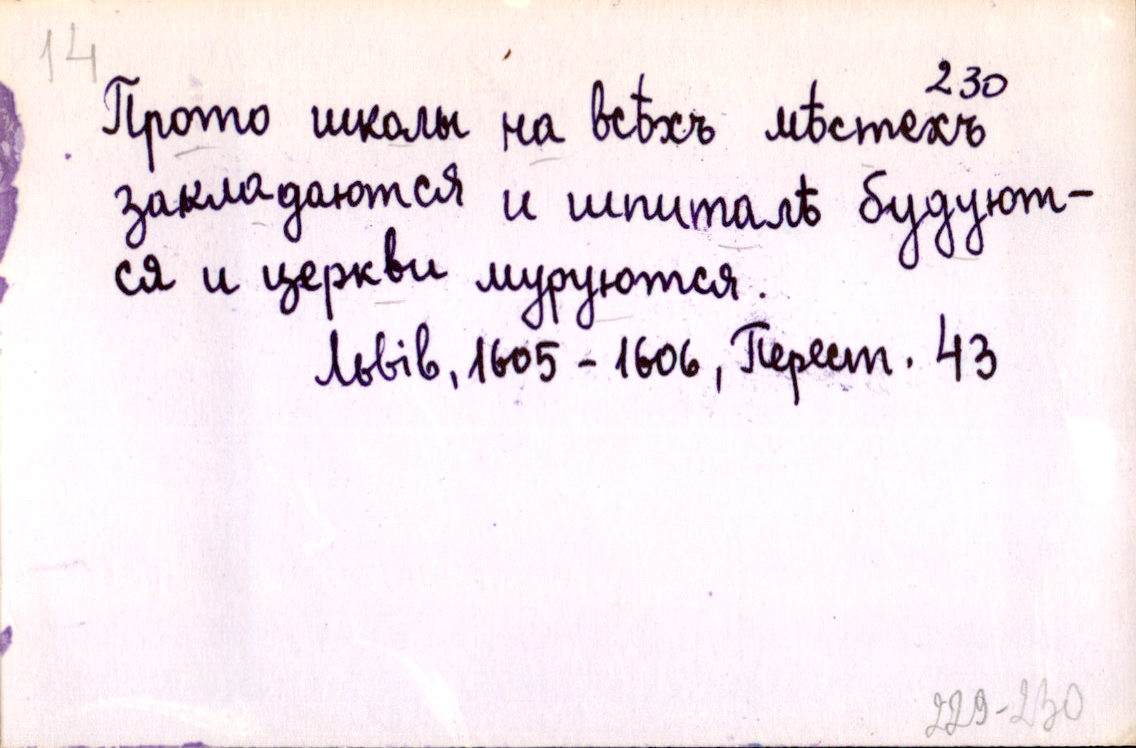
Прото школы на всѣхъ мѣстехъ
закладаются и шпиталѣ будуют-
ся и церкви муруются.
Львів, 1605-1606, Перест. 43